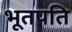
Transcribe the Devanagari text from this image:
भूतपति